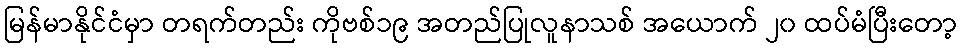
မြန်မာနိုင်ငံမှာ တရက်တည်း ကိုဗစ်၁၉ အတည်ပြုလူနာသစ် အယောက် ၂၀ ထပ်မံပြီးတော့